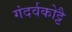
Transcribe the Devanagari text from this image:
गंदर्वकोट्टै